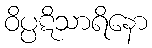
ဝိပ္ပဋိသာရိနော